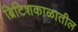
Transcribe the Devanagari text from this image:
ब्रिटिशकाळातील